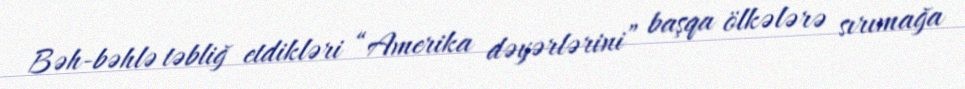
Bəh-bəhlə təbliğ etdikləri “Amerika dəyərlərini” başqa ölkələrə sırımağa